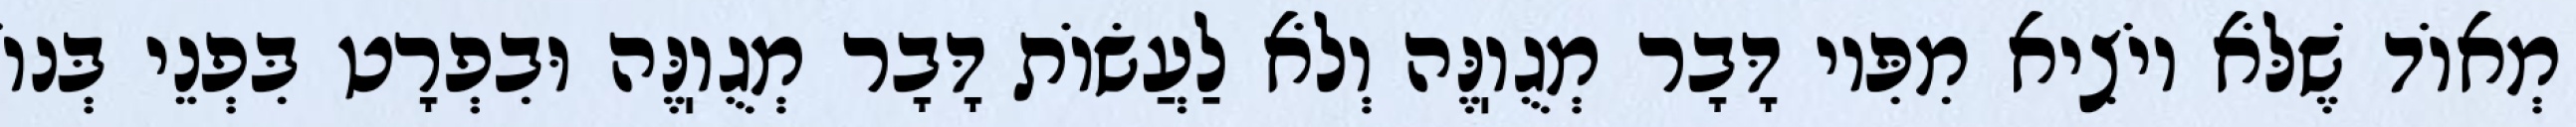
מְאוֹד שֶׁלֹּא יוֹצִיא מִפִּיו דָּבָר מְגֻוֽנֶּה וְלֹא לַעֲשׂוֹת דָּבָר מְגֻוֽנֶּה וּבִפְרָט בִּפְנֵי בְּנוֹ